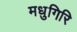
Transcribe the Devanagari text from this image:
मधुगिरि